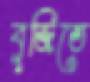
বুজিতে